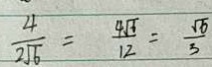
\frac { 4 } { 2 \sqrt { 6 } } = \frac { 4 \sqrt { 6 } } { 1 2 } = \frac { \sqrt { 6 } } { 3 }